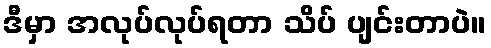
ဒီမှာ အလုပ်လုပ်ရတာ သိပ် ပျင်းတာပဲ။